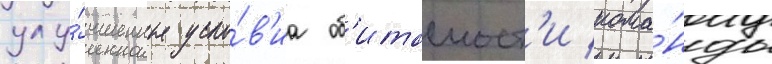
улу́чшенные усло́в'иа об'итаемост'и кома́нды